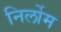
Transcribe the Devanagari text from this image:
निर्लोम